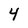
Character: 4